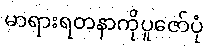
မာရားရတနာကိုပူဇော်ပုံ